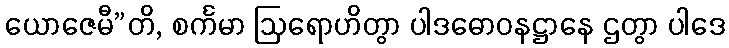
ယောဇေမီ”တိ, စင်္ကမာ ဩရောဟိတွာ ပါဒဓောဝနဋ္ဌာနေ ဌတွာ ပါဒေ